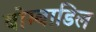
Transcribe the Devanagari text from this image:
बोम्बाडिल